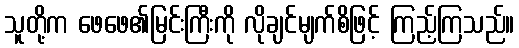
သူတို့က ဖေဖေ၏မြင်းကြီးကို လိုချင်မျက်စိဖြင့် ကြည့်ကြသည်။